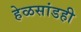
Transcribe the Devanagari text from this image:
हेळसांडही